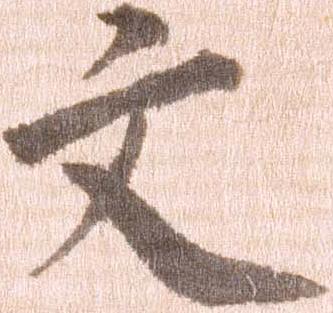
文